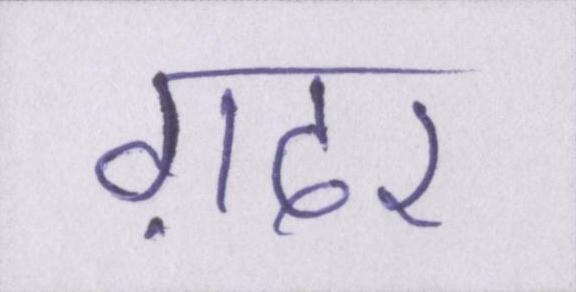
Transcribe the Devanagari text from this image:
ग़दर